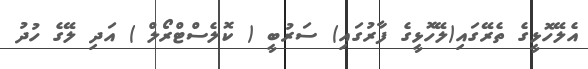
އެލޭހޮޅީގެ ތެރޭގައި(ލޭހޮޅީގެ ފާރުގައި) ސަރުބީ ( ކޮލެސްޓްރޯލް ) އަދި ލޭގެ ހުދު